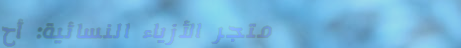
متجر الأزياء النسائية: أح